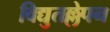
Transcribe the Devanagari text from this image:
विद्युतल्लेपन